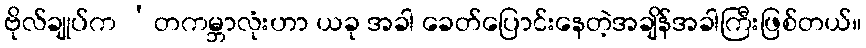
ဗိုလ်ချုပ်က ‘တကမ္ဘာလုံးဟာ ယခု အခါ ခေတ်ပြောင်းနေတဲ့အချိန်အခါကြီးဖြစ်တယ်။